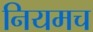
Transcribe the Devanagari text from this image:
नियमच